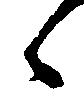
候